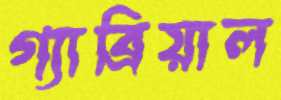
গ্যাব্রিয়াল